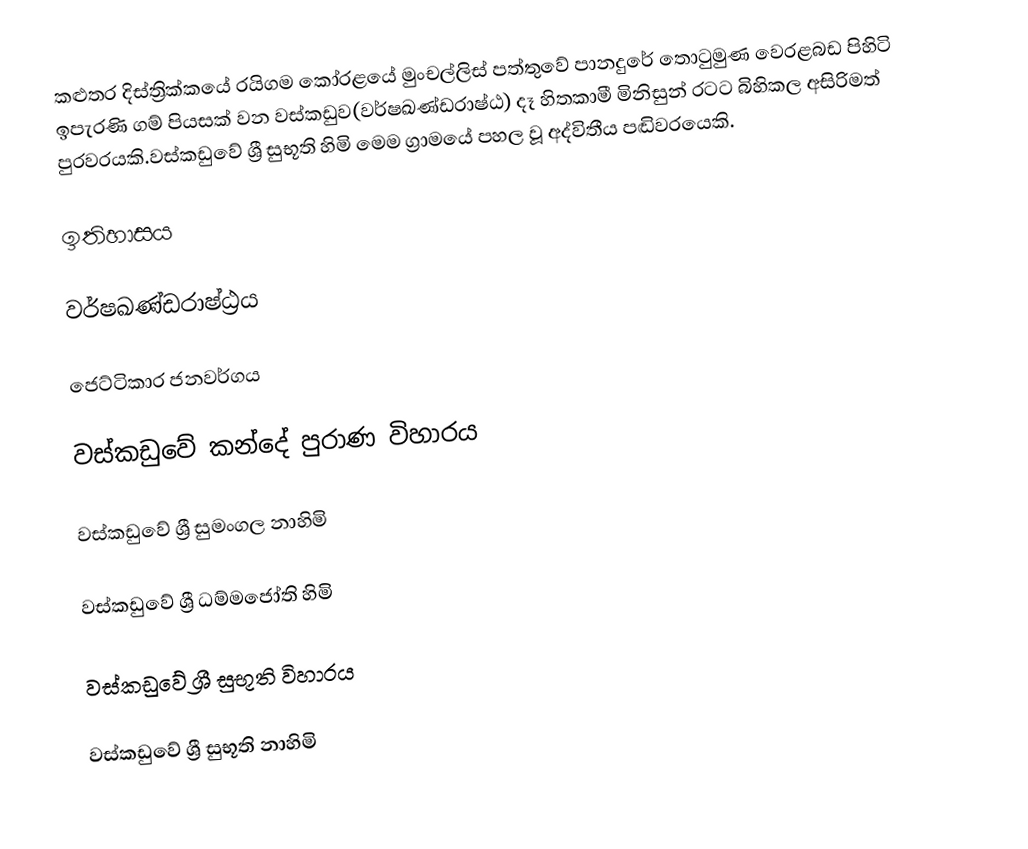
කළුතර දිස්ත්‍රික්කයේ  රයිගම  කෝරළයේ මුංචල්ලිස් පත්තුවේ පානදුරේ තොටුමුණ වෙරළබඩ පිහිටි ඉපැරණි ගම් පියසක් වන වස්කඩුව(වර්ෂඛණ්ඩරාෂ්ඨ) දෑ හිතකාමී මිනිසුන් රටට බිහිකල අසිරිමත් පුරවරයකි.වස්කඩුවේ ශ්‍රී සුභූති හිමි මෙම ග්‍රාමයේ පහල වූ අද්විතීය පඬිවරයෙකි.

ඉතිහාසය

වර්ෂඛණ්ඩරාෂ්ඨ්‍රය

ජෙට්ටිකාර ජනවර්ගය

වස්කඩුවේ කන්දේ පුරාණ විහාරය

වස්කඩුවේ ශ්‍රී සුමංගල නාහිමි

වස්කඩුවේ ශ්‍රී ධම්මජෝති හිමි

වස්කඩුවේ ශ්‍රී සුභූති විහාරය

වස්කඩුවේ ශ්‍රී සුභූති නාහිමි